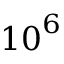
{ 1 0 } ^ { 6 }